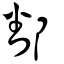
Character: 鄱